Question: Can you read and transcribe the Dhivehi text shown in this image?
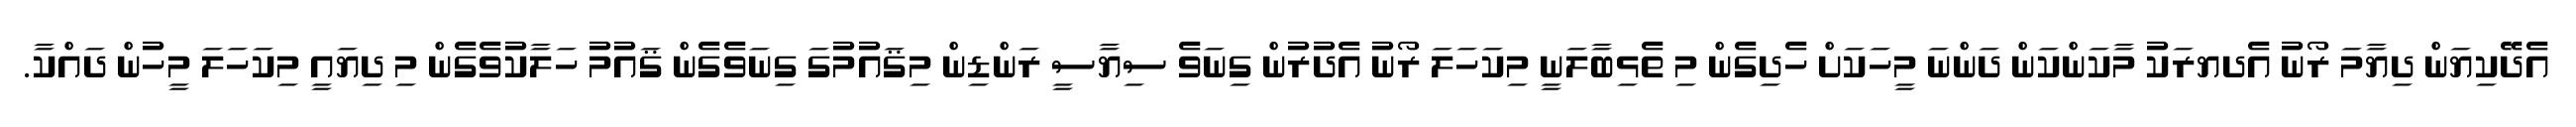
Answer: އެދޭކިޔަން ދިޔާމަ ރޯނު އެދޔރަކު މާކަންކަން ދަންނަ މީހަކަށް ހެދިގެން މި ތެޅިބާލަނީ މިކަހަލަ ރޯނު އެދުރުން ގިނަވެ ސިޔާސީ ރަންޑިން މިޤައުމުގަ ގިނަވެގެން ޤައުމު ހަލާކުވެގެން މި ދިޔައީ މިކަހަލަ މީހުން ދައްކާ.